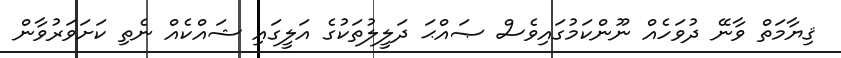
ޤިޔާމަތް ވާނޭ ދުވަހެއް ނޫންކަމުގައިވެސް ޞައްޙަ ދަލީލުތަކުގެ އަލީގައި ޝައްކެއް ނެތި ކަށަވަރުވާން